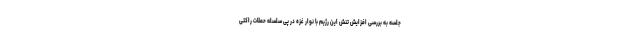
جلسه به بررسی افزایش تنش این رژیم با نوار غزه در پی سلسله حملات راکتی